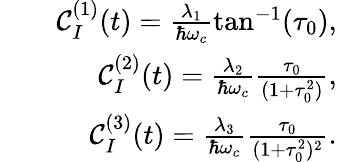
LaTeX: \begin{array}{rlr}&{}&{{\mathcal C}_{I}^{(1)}(t)=\frac{\lambda_{1}}{\hbar\omega_{c}}\tan^{-1}(\tau_{0}),}\\ &{}&{{\mathcal C}_{I}^{(2)}(t)=\frac{\lambda_{2}}{\hbar\omega_{c}}\frac{\tau_{0}}{(1+\tau_{0}^{2})},}\\ &{}&{{\mathcal C}_{I}^{(3)}(t)=\frac{\lambda_{3}}{\hbar\omega_{c}}\frac{\tau_{0}}{(1+\tau_{0}^{2})^{2}}.}\end{array}